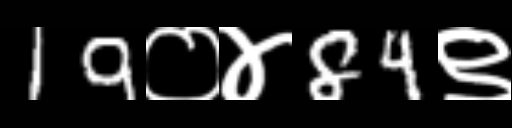
Text: 19०४84९